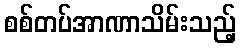
စစ်တပ်အာဏာသိမ်းသည့်